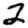
Digit: 2